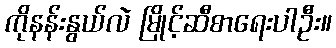
ကိုနန်းနွယ်လဲ မြိုင့်ဆီစာရေးပါဦး။